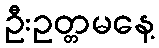
ဦးဥတ္တမနေ့